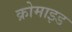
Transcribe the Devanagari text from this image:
क्रोमाइड